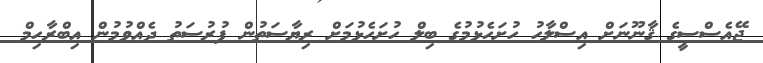
ޖޭއެސްސީގެ ޤާނޫނަށް އިސްލާހު ހުށަހެޅުމުގެ ބިލް ހުށަހެޅުމަށް ރިޔާސަތުން ފުރުސަތު ދެއްވުމުން އިބްރާހިމް